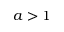
a > 1